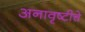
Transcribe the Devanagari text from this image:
अनावृष्टीचे